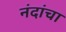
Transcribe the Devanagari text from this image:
नंदांचा